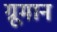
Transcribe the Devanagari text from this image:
ग्रूमान